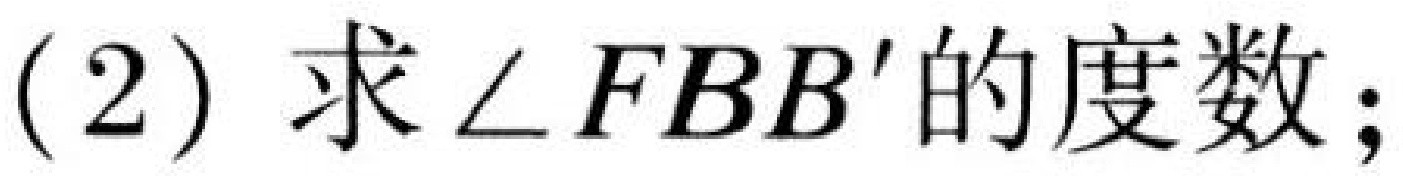
(2) 求\(\angle FBB'\)的度数;